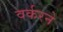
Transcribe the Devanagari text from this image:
वर्करने